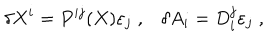
\delta X ^ { i } = P ^ { i j } ( X ) \varepsilon _ { j } \; , \delta A _ { i } = D _ { i } ^ { j } \varepsilon _ { j } \; ,